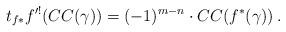
LaTeX: \begin{align*}t_{f*}f'^!(CC(\gamma)) = (-1)^{m-n}\cdot CC(f^*(\gamma))\:.\end{align*}